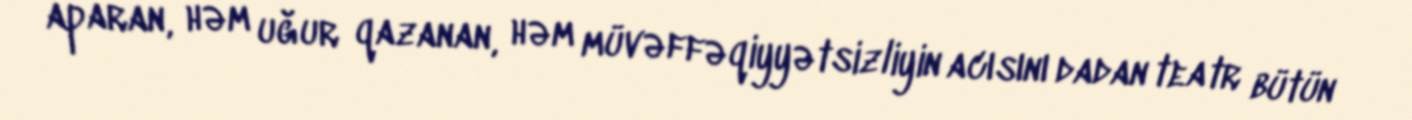
aparan, həm uğur qazanan, həm müvəffəqiyyətsizliyin acısını dadan teatr bütün